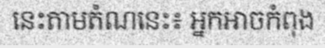
នេះតាមតំណនេះ៖ អ្នកអាចកំពុង